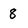
Character: 8